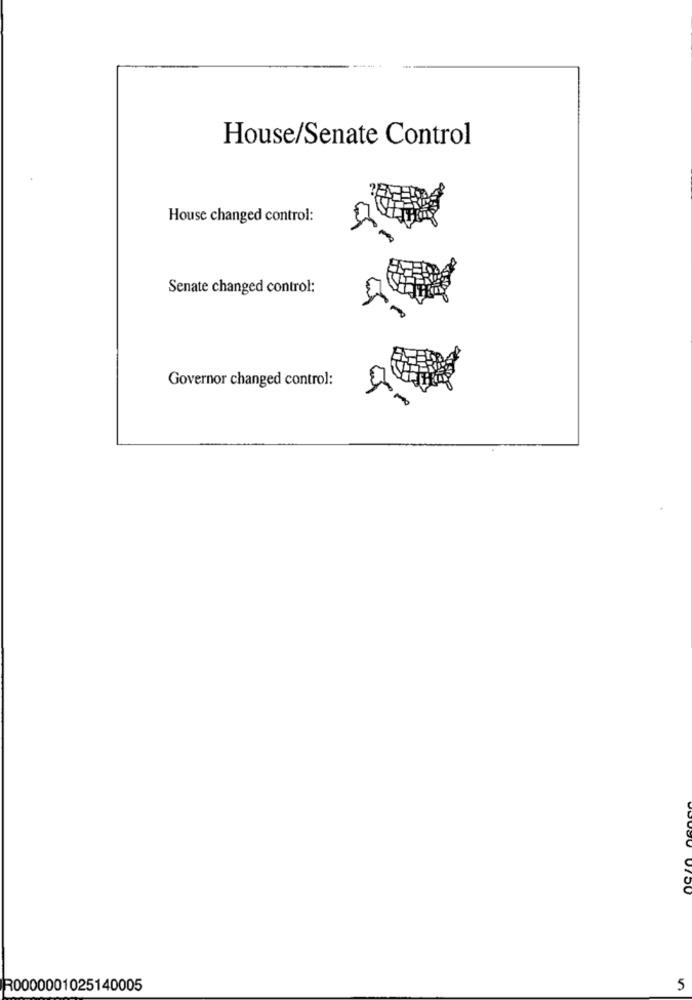
House/Senate Control
House changed control:
Senate changed control:
Governor changed control:
R0000001025140005
5